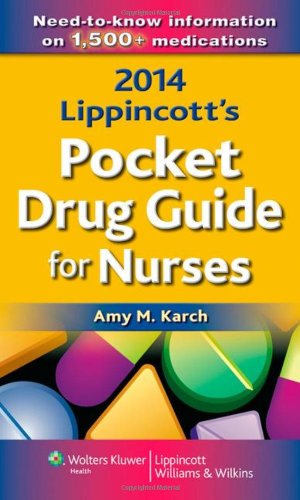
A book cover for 2014 Lippincott's Pocket Drug Guide for Nurses; Amy M. Karch MSN  RN; Medical Books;